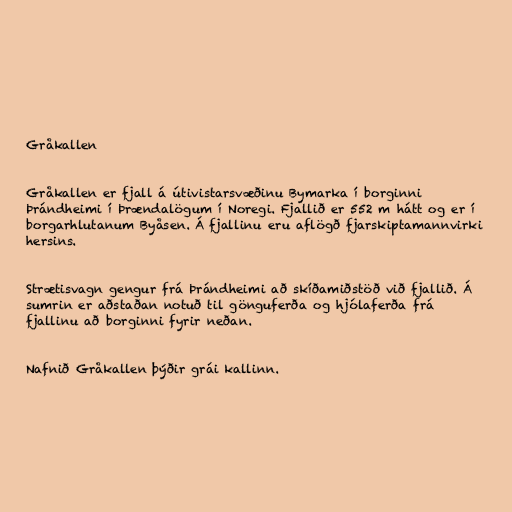
Gråkallen

Gråkallen er fjall á útivistarsvæðinu Bymarka í borginni
Þrándheimi í Þrændalögum í Noregi. Fjallið er 552 m hátt og er í
borgarhlutanum Byåsen. Á fjallinu eru aflögð fjarskiptamannvirki
hersins.

Strætisvagn gengur frá Þrándheimi að skíðamiðstöð við fjallið. Á
sumrin er aðstaðan notuð til gönguferða og hjólaferða frá
fjallinu að borginni fyrir neðan.

Nafnið Gråkallen þýðir grái kallinn.